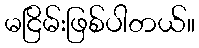
မငြိမ်းဖြစ်ပါတယ်။